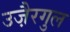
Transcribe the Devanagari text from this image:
उजै़रगुल